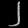
Digit: ၂